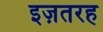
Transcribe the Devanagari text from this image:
इज़तरह